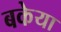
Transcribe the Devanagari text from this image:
बकेया